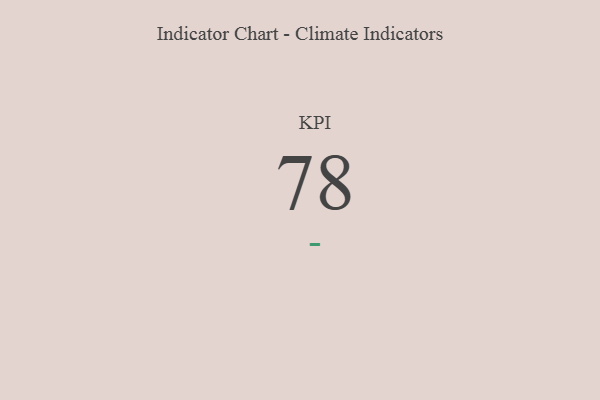
{"axis": {"x": "KPI", "y": "Value"}, "legend": [""], "data": [{"x": "KPI", "y": 78, "type": ""}]}